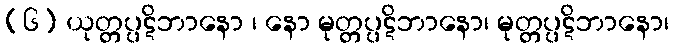
(၆) ယုတ္တပ္ပဋိဘာနော ၊ နော မုတ္တပ္ပဋိဘာနော၊ မုတ္တပ္ပဋိဘာနော၊